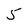
Character: 5